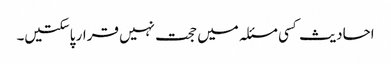
احادیث کسی مسئلہ میں حجت نہیں قرار پاسکتیں۔